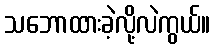
သဘောထားခဲ့လို့လဲကွယ်။